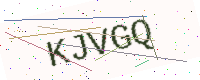
Text: KJVGQ